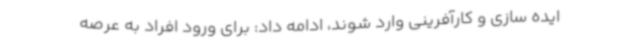
ایده سازی و کارآفرینی وارد شوند، ادامه داد: برای ورود افراد به عرصه